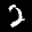
Label: 2